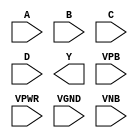
module sky130_fd_sc_ls__nand4 (
    //# {{data|Data Signals}}
    input  A   ,
    input  B   ,
    input  C   ,
    input  D   ,
    output Y   ,

    //# {{power|Power}}
    input  VPB ,
    input  VPWR,
    input  VGND,
    input  VNB
);
endmodule